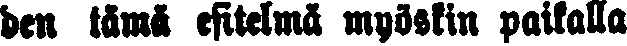
den tämä esitelmä myöskin paikalla